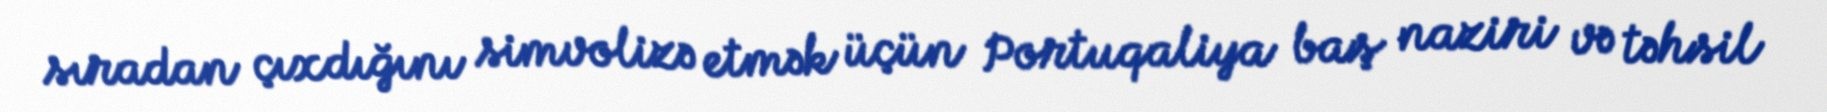
sıradan çıxdığını simvolizə etmək üçün Portuqaliya baş naziri və təhsil